Lunatic asylums in Bengal annual reports 1899-1911 - 1899-1911
Year: 1899
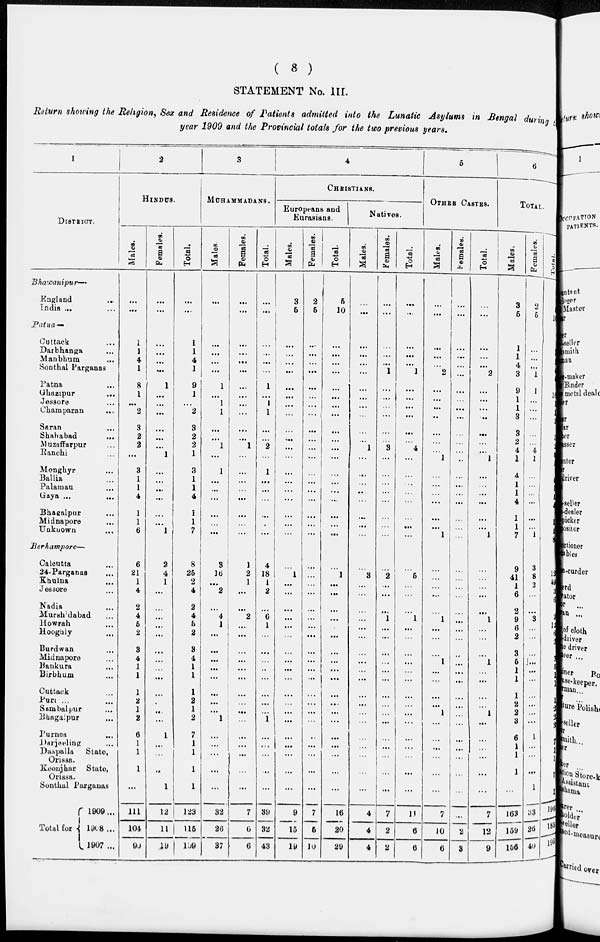
( 8 )
STATEMENT No. III.
Return showing the Religion, Sex and Residence of Patients admitted into the Lunatic Asylums in Bengal during
year 1909 and the Provincial totals for the two previous years.
1
DISTRICT.
Bhawanipur—
England ...
India ...
Patna—
Cuttack ...
Darbhanga ...
Manbhum ...
Sonthal Parganas ...
Patna ...
Ghazipur ...
Jessore ...
Champaran ...
Saran ...
Shahabad ...
Muzaffarpur ...
Ranchi ...
Monghyr ...
Ballia ...
Palamau ...
Gaya ...
Bhagalpur ...
Midnapore ...
Unknown ...
Berhampore—
Calcutta ...
24-Parganas ...
Khulna
...
Jessore ...
Nadia ...
Murshidabad ...
Howrah ...
Hooghly ...
Burdwan ...
Midnapore ...
Bankura ...
Birbhum ...
Cuttauk ...
Pura ...
Sambalpur ...
Bhagalpur ...
Purnea ...
Darjeeling ...
Daspalla
State,
Orissa.
Keonjhar State,
Orissa.
Sonthal Parganas
Total for
1909 ...
1908 ...
1907 ...
2
HINDUS.
Males.
...
...
1
1
4
1
8
1
...
2
3
2
2
...
3
1
1
4
1
1
6
6
21
1
4
2
4
5
2
3
4
1
1
1
2
1
2
6
1
1
1
...
111
104
90
Females.
...
...
...
...
...
...
1
...
...
...
...
...
...
1
...
...
...
...
...
...
1
2
4
1
...
...
...
...
...
...
...
...
...
...
...
...
...
1
...
...
...
1
12
11
19
Total.
...
...
1
1
4
1
9
1
...
2
3
2
2
1
3
1
1
4
1
1
7
8
25
2
4
2
4
5
2
3
4
1
1
1
2
1
2
7
1
1
1
1
123
115
109
3
MUHAMMADANS.
Males.
...
...
...
...
...
...
1
...
1
1
...
...
1
...
1
...
...
...
...
...
...
3
16
...
2
...
4
1
...
...
...
...
...
...
...
...
1
...
...
...
...
...
32
20
37
Females.
...
...
...
...
...
...
...
...
...
...
...
...
1
...
...
...
...
...
...
...
...
1
2
1
...
...
2
...
...
...
...
...
...
...
...
...
...
...
...
...
...
...
7
6
6
Total.
...
...
...
...
...
...
1
...
1
1
...
...
2
...
1
...
...
...
...
...
...
4
18
1
2
...
6
1
...
...
...
...
...
...
...
...
1
...
...
...
...
...
39
32
43
4
CHRISTIANS.
Europeans and
Eurasians.
Males.
3
5
...
...
...
...
...
...
...
...
...
...
...
...
...
...
...
...
...
...
...
...
1
...
...
...
...
...
...
...
...
...
...
...
...
...
...
...
...
...
...
...
9
15
19
Females.
2
5
...
...
...
...
...
...
...
...
...
...
...
...
...
...
...
...
...
...
...
...
...
...
...
...
...
...
...
...
...
...
...
...
...
...
...
...
...
...
...
...
7
5
10
Total.
5
10
...
...
...
...
...
...
...
...
...
...
...
...
...
...
...
...
...
...
...
...
1
...
...
...
...
...
...
...
...
...
...
...
...
...
...
...
...
...
...
...
16
20
29
Natives.
Males.
...
...
...
...
...
...
...
...
...
...
...
...
1
...
...
...
...
...
...
...
...
...
3
...
...
...
...
...
...
...
...
...
...
...
...
...
...
...
...
...
...
...
4
4
4
Females.
...
...
...
...
...
1
...
...
...
...
...
...
3
...
...
...
...
...
...
...
...
...
2
...
...
...
1
...
...
...
...
...
...
...
...
...
...
...
...
...
...
...
7
2
2
Total.
...
...
...
...
...
1
...
...
...
...
...
...
4
...
...
..
...
...
...
...
...
...
5
...
...
...
...
...
...
...
...
...
...
...
...
...
...
...
...
...
...
...
11
6
6
5
OTHER CASTES.
Males.
...
...
...
...
...
2
...
...
...
...
...
...
...
1
...
...
...
...
...
...
1
...
...
...
...
...
1
...
...
...
1
...
...
...
...
1
...
...
...
...
...
...
7
10
6
Females.
'
...
...
...
...
...
...
...
...
...
...
...
...
...
...
...
...
...
...
...
...
...
...
...
...
...
...
...
...
...
...
...
...
...
...
...
...
...
...
...
...
...
...
...
2
3
Total.
...
...
...
...
...
2
...
...
...
...
...
...
...
1
...
...
...
...
...
...
1
...
...
...
...
...
1
...
...
...
1
...
...
...
...
1
...
...
...
...
...
7
12
9
6
TOTAL.
Males.
3
5
1
1
4
3
9
1
1
3
3
2
4
1
4
1
1
4
1
1
7
9
41
1
6
2
9
6
2
3
5
1
1
1
2
2
3
6
1
1
1
...
163
159
156
Females.
2
5
...
...
...
1
1
...
...
...
...
...
4
1
...
...
...
...
...
...
1
3
8
2
...
...
3
...
...
...
...
...
...
...
...
...
...
1
...
...
...
1
33
26
40
Total.
5
10
1
1
4
4
10
1
1
3
3
2
8
2
4
1
1
4
1
1
8
12
49
3
6
2
12
6
2
3
5
1
1
1
2
2
3
7
]
1
1
1
198
185
196